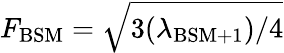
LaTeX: F_{\mathrm{BSM}}=\sqrt{3(\lambda_{\mathrm{BSM}+1})/{4}}